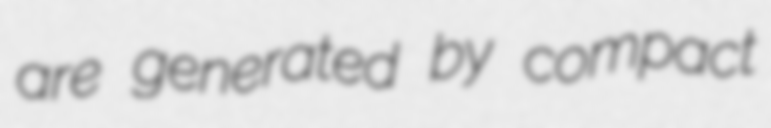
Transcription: are generated by compact